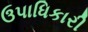
ઉપાધિકારી